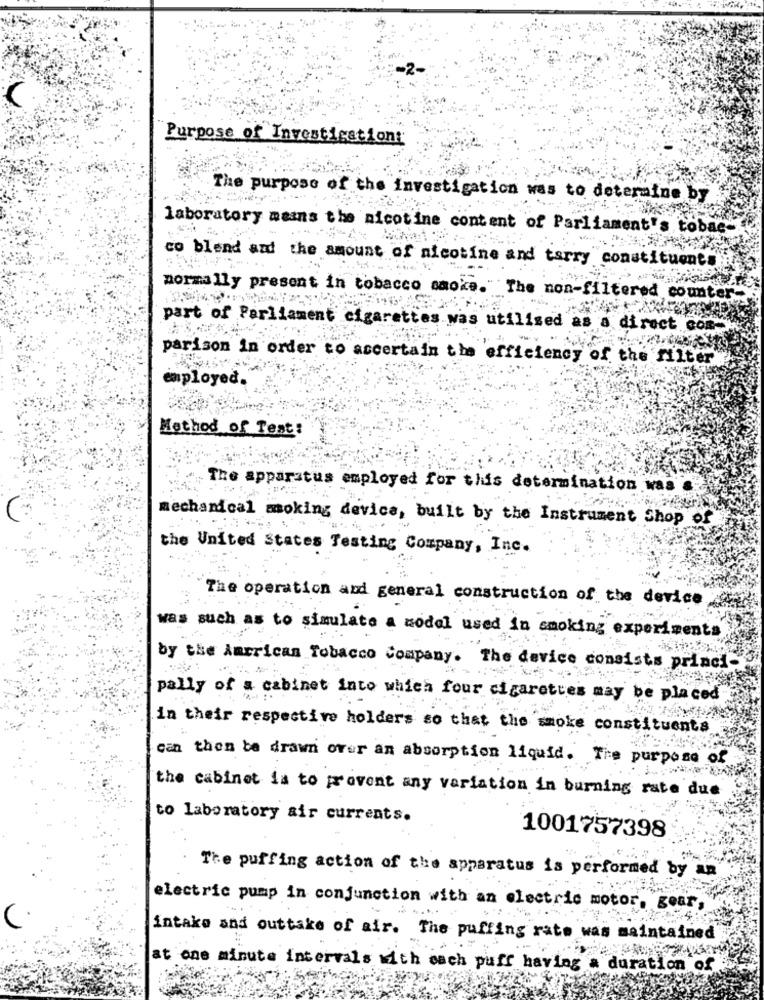
Purpose of Investigation:
The purpose of the investigation was to determine by
laboratory mains the nicotine content of Parliament's tobac-
co blend and the amount of nicotine and tarry constituents
normally present in tobacco saoke
The non-filtered counter-
part of Parliament cigarett
utilised
is a direct com.
parison in order to ascertain the efficiency of the filter
employed.
Method of Test:
The apparatus employed for this determination was s
mechanical smoking device, built by the Instrument Shop of
the United States Testing Company, Inc.
The operation and general construction of the device.
was such as to simulate a model used in smoking experiments
by the American Tobacco Company. The device consists princi-
pally of a cabinet into which four cigarettes may be placed
in their respective holders so that the smoke constituents
can then be drawn over an absorption liquid. The purpose of
the cabinet is to prevent any variation in burning rate due
to laboratory air currents.
1001757398
The puffing action of the apparatus is performed by an
electric pump in conjunction with an electric motor, gear,
intake and outtake of air. The puffing rate was maintained
at one minute intervals with each puff having a duration of